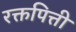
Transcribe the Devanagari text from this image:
रक्तपित्ती